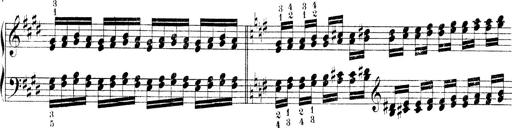
Title: Technische Studien
Composer: Franz Liszt